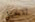
تتخيل